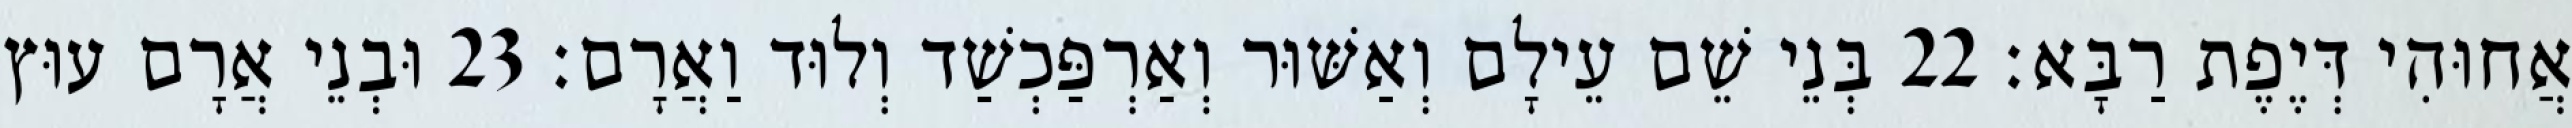
אֲחוּהִי דְּיֶפֶת רַבָּא׃ 22 בְּנֵי שֵׁם עֵילָם וְאַשּׁוּר וְאַרְפַּכְשַׁד וְלוּד וַאֲרָם׃ 23 וּבְנֵי אֲרָם עוּץ